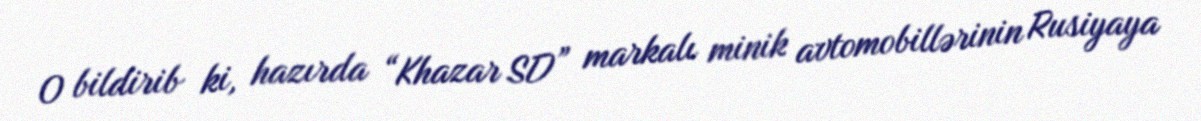
O bildirib ki, hazırda “Khazar SD” markalı minik avtomobillərinin Rusiyaya